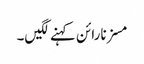
مسز نارائن کہنے لگیں۔